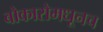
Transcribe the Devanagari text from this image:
बोकारोमधूनच